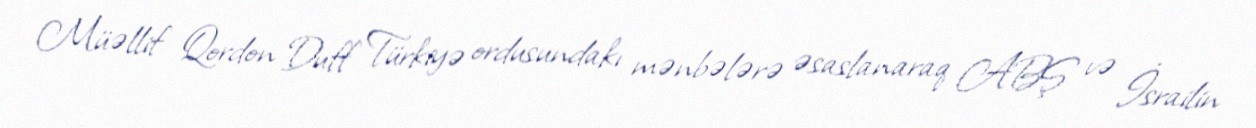
Müəllif Qordon Duff Türkiyə ordusundakı mənbələrə əsaslanaraq ABŞ və İsrailin